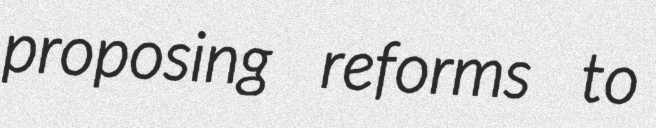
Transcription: proposing reforms to